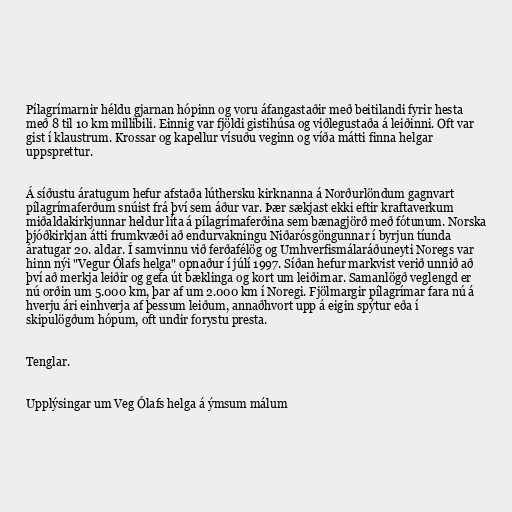
Pílagrímarnir héldu gjarnan hópinn og voru áfangastaðir með beitilandi fyrir hesta
með 8 til 10 km millibili. Einnig var fjöldi gistihúsa og viðlegustaða á leiðinni. Oft var
gist í klaustrum. Krossar og kapellur vísuðu veginn og víða mátti finna helgar
uppsprettur.

Á síðustu áratugum hefur afstaða lúthersku kirknanna á Norðurlöndum gagnvart
pílagrímaferðum snúist frá því sem áður var. Þær sækjast ekki eftir kraftaverkum
miðaldakirkjunnar heldur líta á pílagrímaferðina sem bænagjörð með fótunum. Norska
þjóðkirkjan átti frumkvæði að endurvakningu Niðarósgöngunnar í byrjun tíunda
áratugar 20. aldar. Í samvinnu við ferðafélög og Umhverfismálaráðuneyti Noregs var
hinn nýi "Vegur Ólafs helga" opnaður í júlí 1997. Síðan hefur markvist verið unnið að
því að merkja leiðir og gefa út bæklinga og kort um leiðirnar. Samanlögð veglengd er
nú orðin um 5.000 km, þar af um 2.000 km í Noregi. Fjölmargir pílagrímar fara nú á
hverju ári einhverja af þessum leiðum, annaðhvort upp á eigin spýtur eða í
skipulögðum hópum, oft undir forystu presta.

Tenglar.

Upplýsingar um Veg Ólafs helga á ýmsum málum